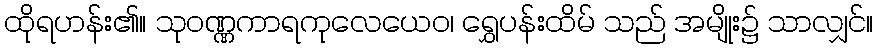
ထိုရဟန်း၏။ သုဝဏ္ဏကာရကုလေယေဝ၊ ရွှေပန်းထိမ် သည် အမျိုး၌ သာလျှင်။